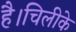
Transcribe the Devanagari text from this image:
है।चिलीके